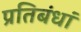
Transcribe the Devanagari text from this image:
प्रतिबंधां